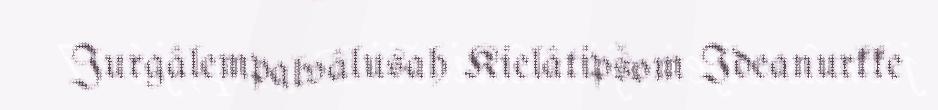
Jurgâlempalvâlusah Kielâtipšom Ideanurkke